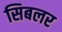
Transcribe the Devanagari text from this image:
सिबलर